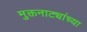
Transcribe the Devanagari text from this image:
मुक्तनाट्यांच्या